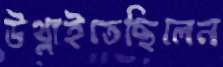
উথ্‌লাইতেছিলেন